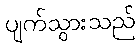
ပျက်သွားသည်